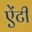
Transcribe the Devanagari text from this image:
एेंटी